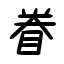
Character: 眷